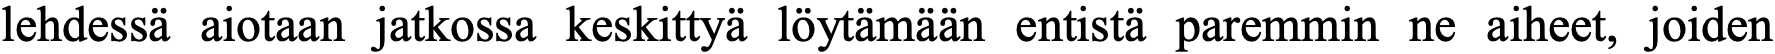
lehdessä aiotaan jatkossa keskittyä löytämään entistä paremmin ne aiheet, joiden